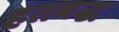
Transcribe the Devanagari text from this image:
हतबद्ध